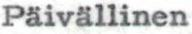
Päivällinen